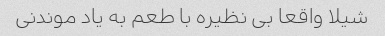
شیلا واقعا بی نظیره با طعم به یاد موندنی